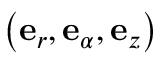
\left( \mathbf { e } _ { r } , \mathbf { e } _ { \alpha } , \mathbf { e } _ { z } \right)